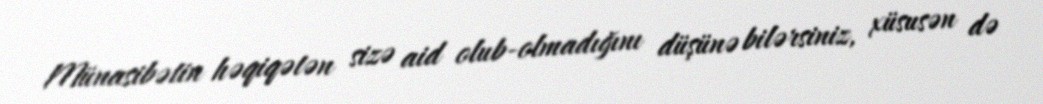
Münasibətin həqiqətən sizə aid olub-olmadığını düşünə bilərsiniz, xüsusən də